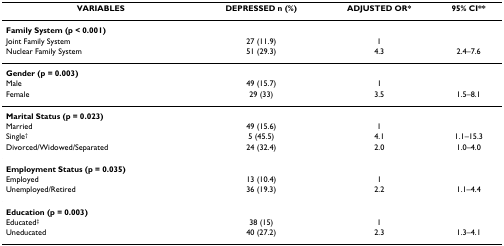
<table><thead><tr><td><b>VARIABLES</b></td><td><b>DEPRESSED n (%)</b></td><td><b>ADJUSTED OR*</b></td><td><b>95% CI**</b></td></tr></thead><tbody><tr><td><b>Family System (p &lt; 0.001)</b></td><td></td><td></td><td></td></tr><tr><td>Joint Family System</td><td>27 (11.9)</td><td>1</td><td></td></tr><tr><td>Nuclear Family System</td><td>51 (29.3)</td><td>4.3</td><td>2.4–7.6</td></tr><tr><td><b>Gender (p = 0.003)</b></td><td></td><td></td><td></td></tr><tr><td>Male</td><td>49 (15.7)</td><td>1</td><td></td></tr><tr><td>Female</td><td>29 (33)</td><td>3.5</td><td>1.5–8.1</td></tr><tr><td><b>Marital Status (p = 0.023)</b></td><td></td><td></td><td></td></tr><tr><td>Married</td><td>49 (15.6)</td><td>1</td><td></td></tr><tr><td>Single<sup>†</sup></td><td>5 (45.5)</td><td>4.1</td><td>1.1–15.3</td></tr><tr><td>Divorced/Widowed/Separated</td><td>24 (32.4)</td><td>2.0</td><td>1.0–4.0</td></tr><tr><td><b>Employment Status (p = 0.035)</b></td><td></td><td></td><td></td></tr><tr><td>Employed</td><td>13 (10.4)</td><td>1</td><td></td></tr><tr><td>Unemployed/Retired</td><td>36 (19.3)</td><td>2.2</td><td>1.1–4.4</td></tr><tr><td><b>Education (p = 0.003)</b></td><td></td><td></td><td></td></tr><tr><td>Educated<sup>‡</sup></td><td>38 (15)</td><td>1</td><td></td></tr><tr><td>Uneducated</td><td>40 (27.2)</td><td>2.3</td><td>1.3–4.1</td></tr></tbody></table>